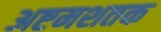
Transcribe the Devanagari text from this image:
अष्टमशतक